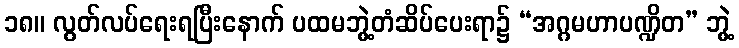
၁၈။ လွတ်လပ်ရေးရပြီးနောက် ပထမဘွဲ့တံဆိပ်ပေးရာ၌ “အဂ္ဂမဟာပဏ္ဍိတ” ဘွဲ့